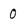
Character: 0